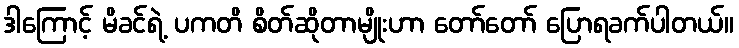
ဒါကြောင့် မိခင်ရဲ့ ပကတိ စိတ်ဆိုတာမျိုးဟာ တော်တော် ပြောရခက်ပါတယ်။